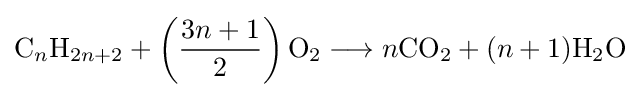
{\mathrm {C} }_{n}{\mathrm {H} }_{2n+2}+\left({{3n+1} \over 2}\right){\mathrm {O} {\vphantom {A}}_{\smash[{t}]{2}}{}\mathrel {\longrightarrow } {}}n{\mathrm {CO} {\vphantom {A}}_{\smash[{t}]{2}}}+(n+1){\mathrm {H} {\vphantom {A}}_{\smash[{t}]{2}}\mathrm {O} }